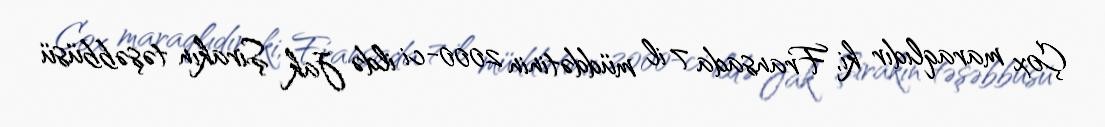
Çox maraqlıdır ki, Fransada 7 il müddətinin 2000-ci ildə Jak Şirakın təşəbbüsü